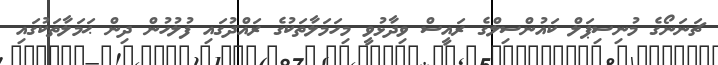
ޗަނަނޯގެ މުނިސިޕަލް ކައުންސިލްގެ ރައީސް ވިދާޅުވީ މިހަމަލާތަކުގެ ރައްދުގައި ފުލުހުން ދިން ޙަމަލާތަކުގައި